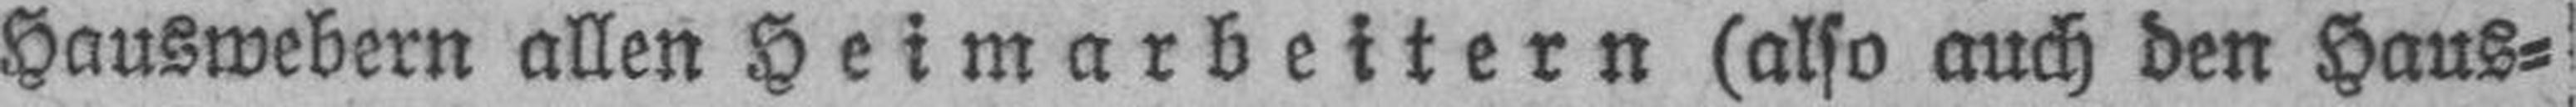
Hauswebern allen Heimarbeitern (also auch den Haus¬